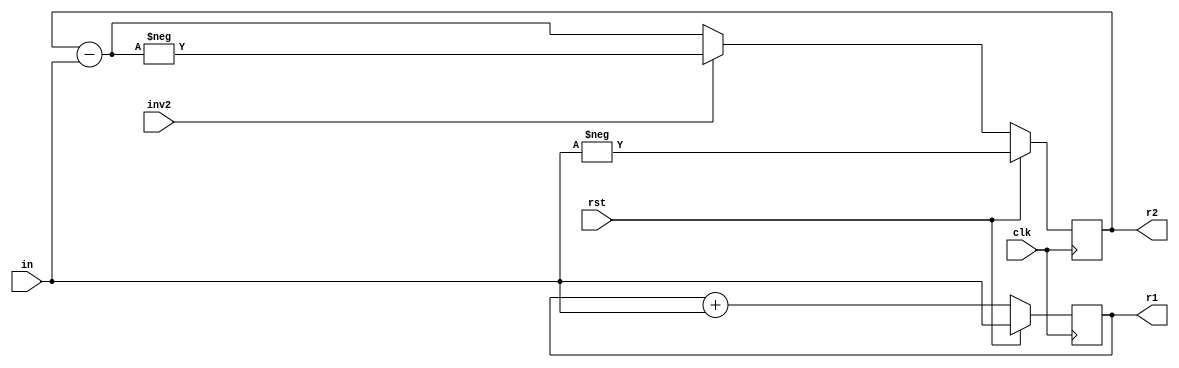
// Demo for "final" smtc constraints

module demo4(input clk, rst, inv2, input [15:0] in, output reg [15:0] r1, r2);
	always @(posedge clk) begin
		if (rst) begin
			r1 <= in;
			r2 <= -in;
		end else begin
			r1 <= r1 + in;
			r2 <= inv2 ? -(r2 - in) : (r2 - in);
		end
	end
endmodule